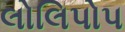
લોલિપોપ